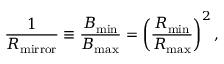
\frac { 1 } { R _ { \mathrm { m i r r o r } } } \equiv \frac { B _ { \mathrm { m i n } } } { B _ { \mathrm { m a x } } } = \left( \frac { R _ { \mathrm { m i n } } } { R _ { \mathrm { m a x } } } \right) ^ { 2 } ,